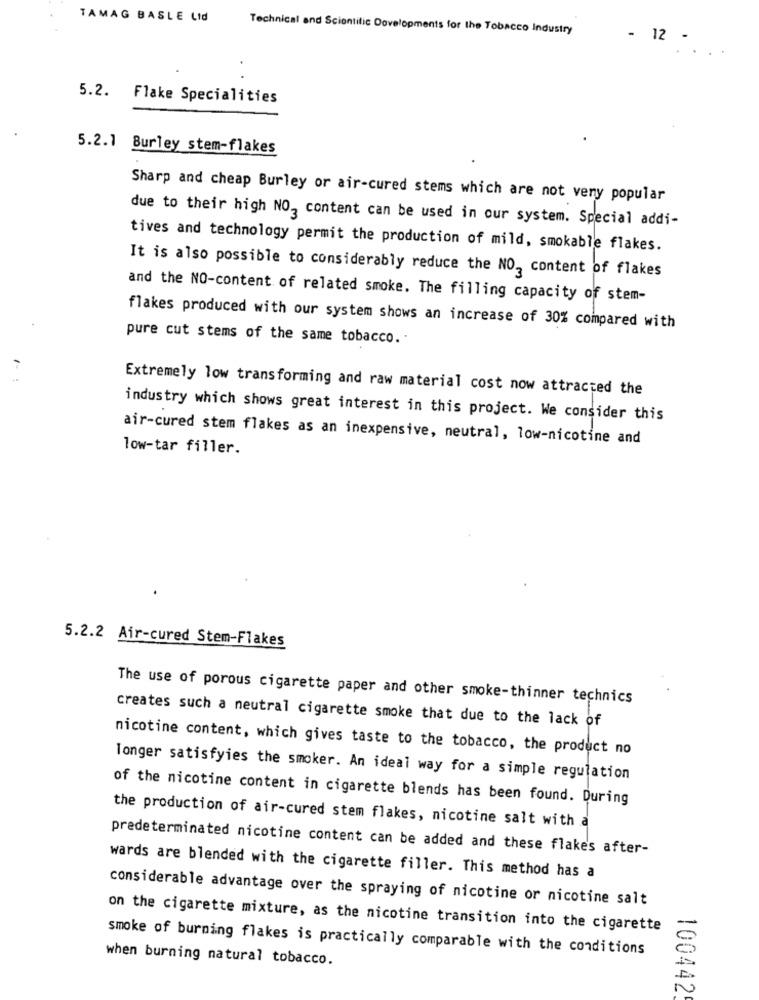
TAMAG BASLE Lid
Technical and Scientific Developments for the Tobacco Industry
- 12 -
5.2. Flake Specialities
5.2.1 Burley stem-flakes
Sharp and cheap Burley or air-cured stems which are not veny popular
due to their high NO, content can be used in our system. Special addi-
tives and technology permit the production of mild, smokable flakes.
It is also possible to considerably reduce the NO, content of flakes
and the NO-content of related smoke. The filling capacity of stem-
flakes produced with our system shows an increase of 30% compared with
pure cut stems of the same tobacco ..
Extremely low transforming and raw material cost now attracted the
industry which shows great interest in this project. We consider this
air-cured stem flakes as an inexpensive, neutral, low-nicotine and
low-tar filler.
5.2.2 Air-cured Stem-Flakes
The use of porous cigarette paper and other smoke-thinner technics
creates such a neutral cigarette smoke that due to the lack of
nicotine content, which gives taste to the tobacco, the product no
Tonger satisfyies the smoker. An ideal way for a simple regulation
of the nicotine content in cigarette blends has been found. During
the production of air-cured stem flakes, nicotine salt with a
predeterminated nicotine content can be added and these flakes after-
wards are blended with the cigarette filler. This method has a
considerable advantage over the spraying of nicotine or nicotine salt
on the cigarette mixture, as the nicotine transition into the cigarette
smoke of burning flakes is practically comparable with the conditions
when burning natural tobacco.
100442